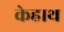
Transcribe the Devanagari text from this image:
केहाथ